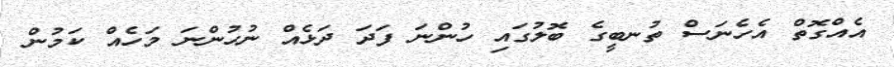
އެއްގޮތް އެހެނަސް ތުނބީގެ ބޮލުގައި ހުންނަ ފަދަ ދަޅެއް ނުހުންނަ މަހެއް ކަމުން